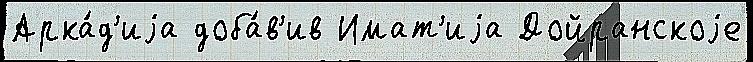
Арка́д'иjа доба́в'ив Имат'иjа Дойранскоjе